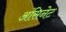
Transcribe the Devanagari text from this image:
अंसिनेट